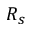
R _ { s }